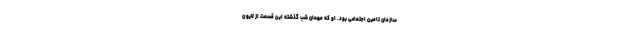
سازمان تامین اجتماعی بود. او که مهمان شب گذشته این قسمت از لایو ن